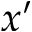
x ^ { \prime }